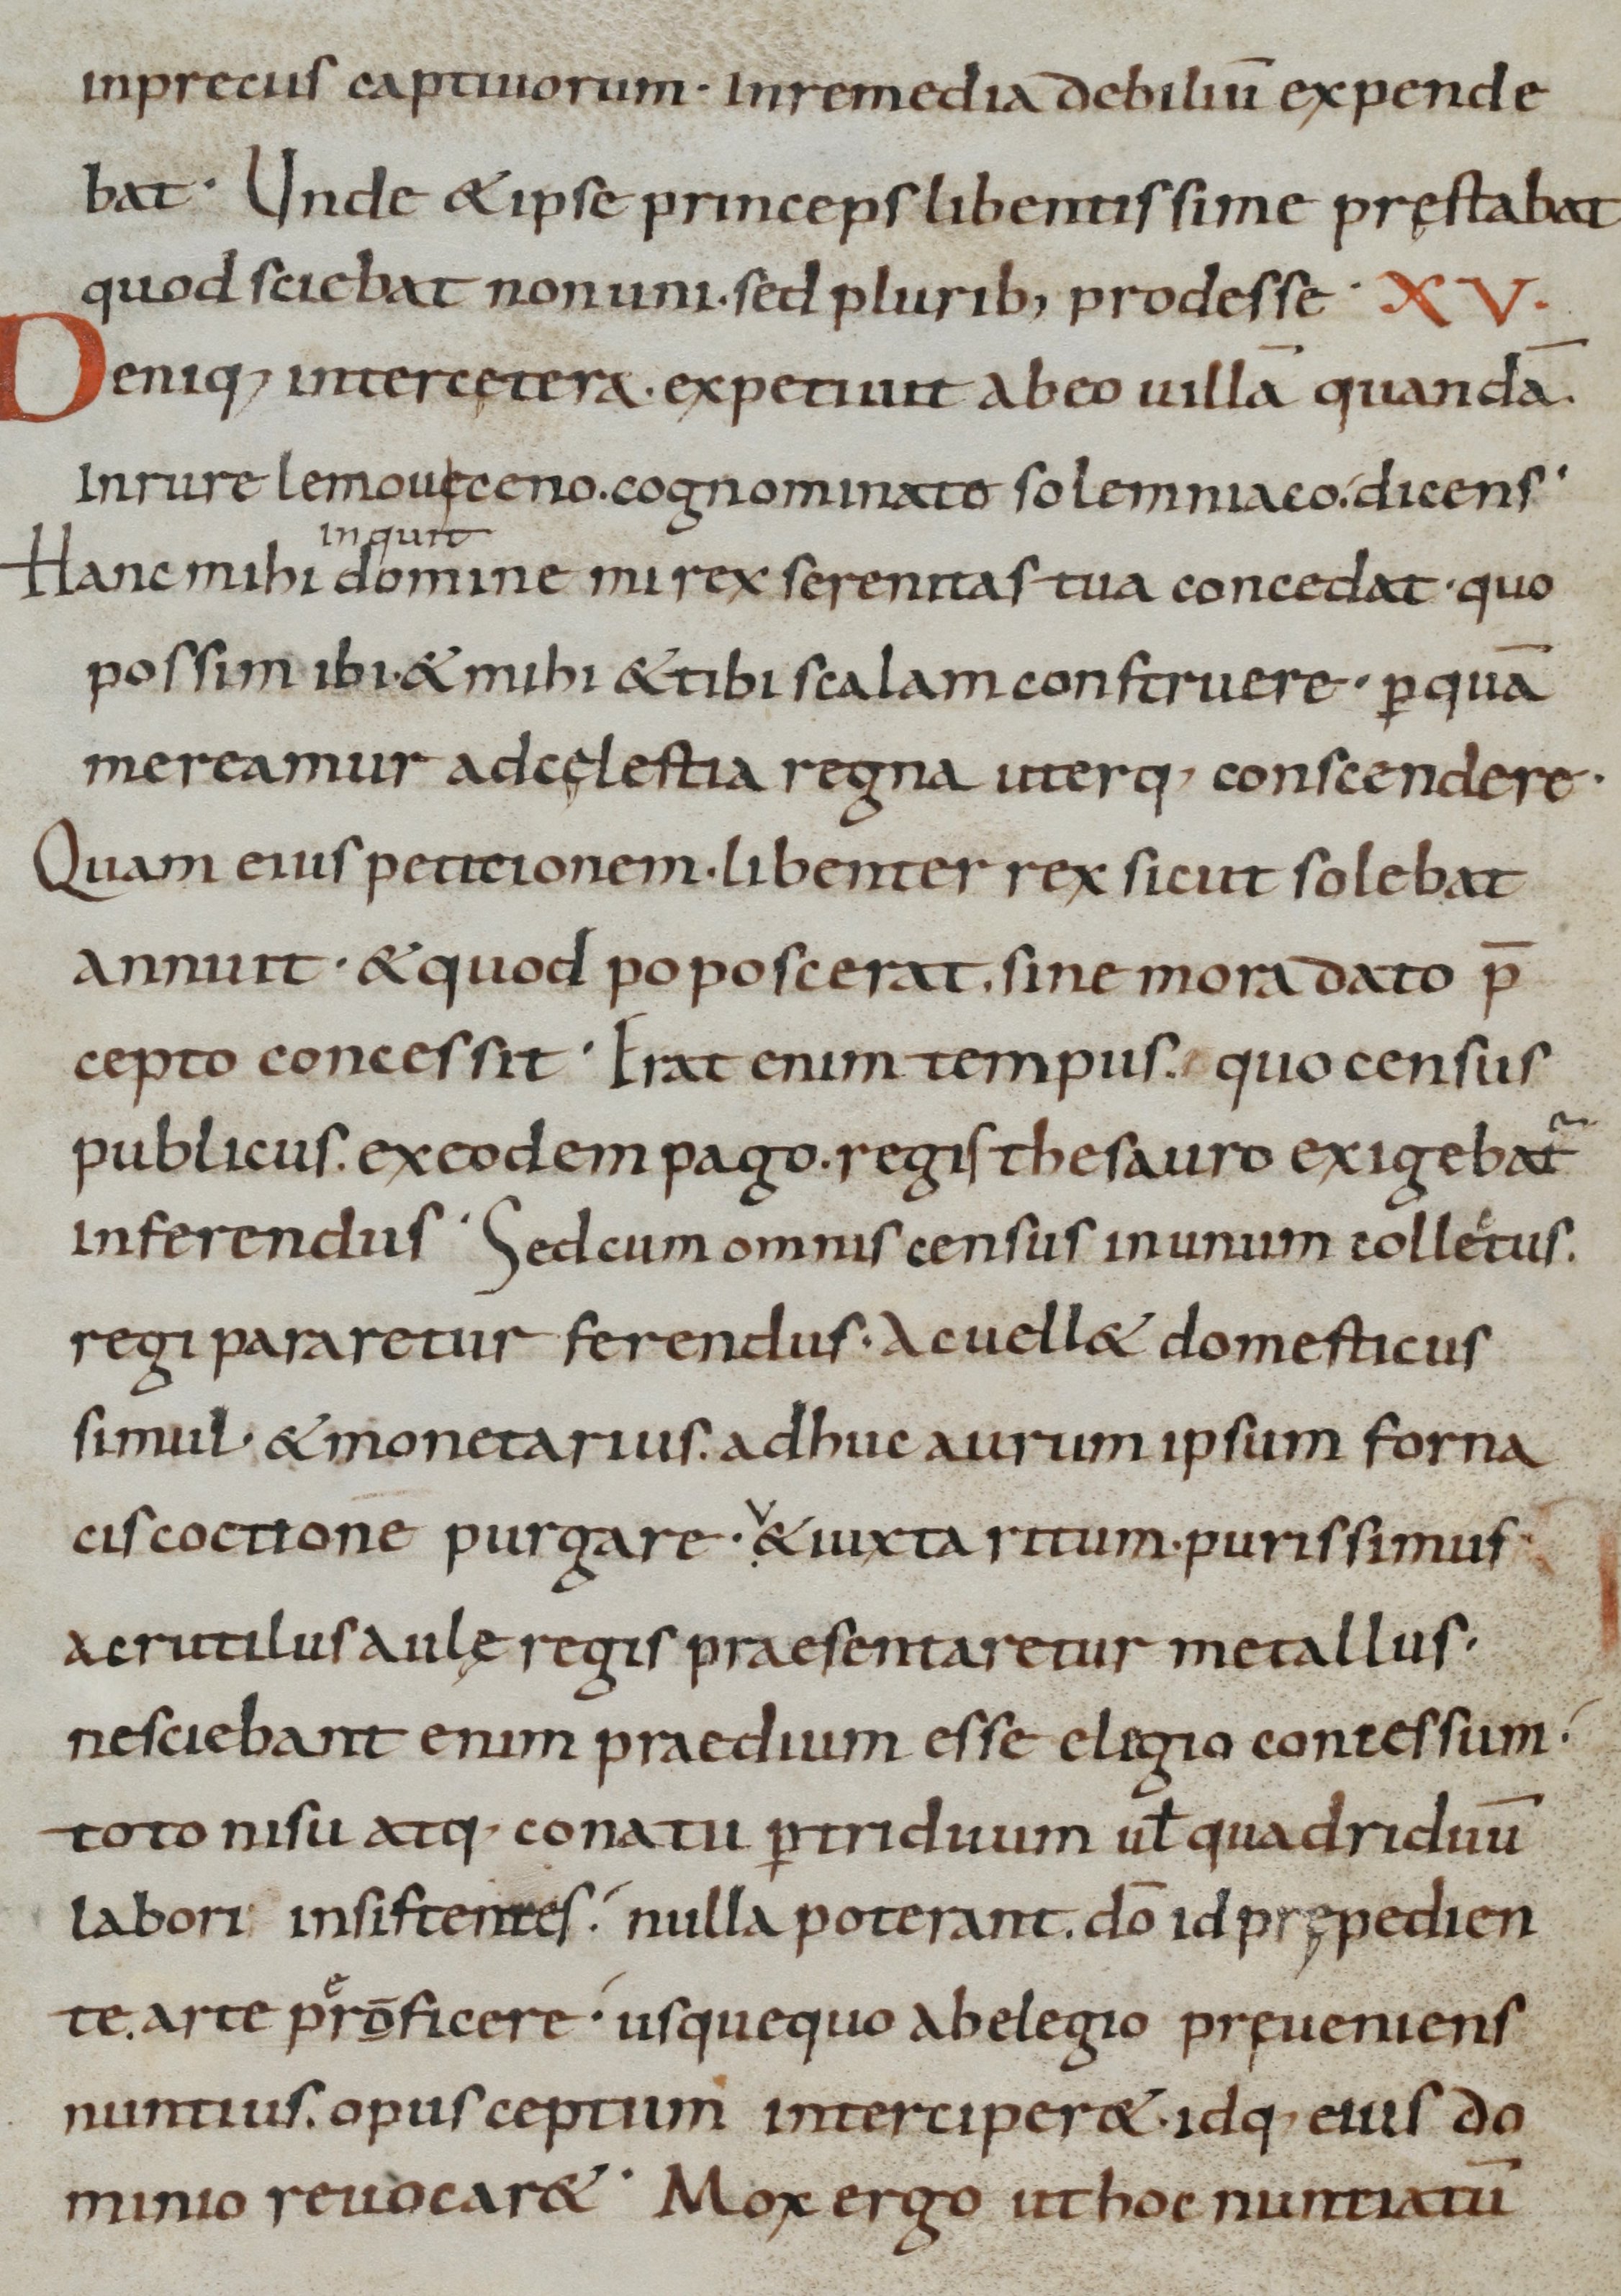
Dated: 800–999